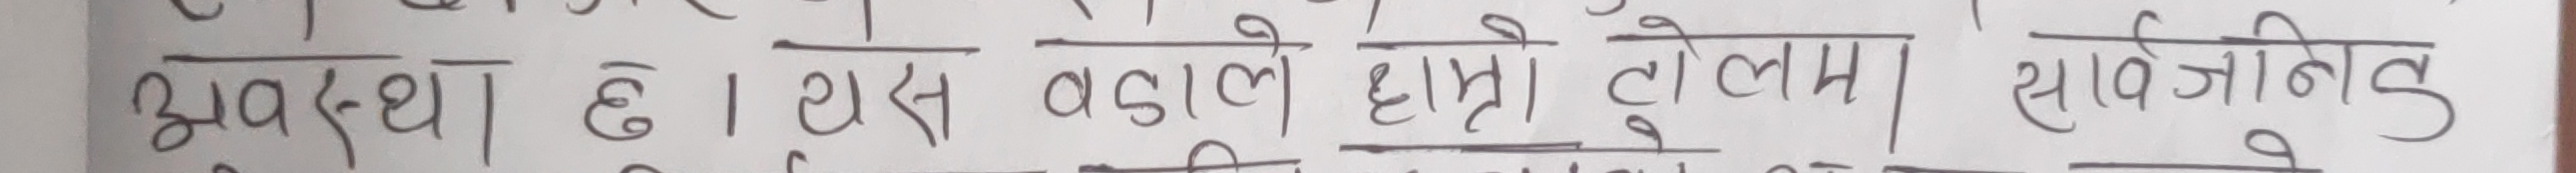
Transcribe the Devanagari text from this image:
अवस्था छ। यस वडाले हाम्रो टोलमा | सार्वजनिक